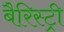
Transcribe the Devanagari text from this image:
बैरिस्ट्री